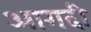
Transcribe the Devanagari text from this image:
आगदी